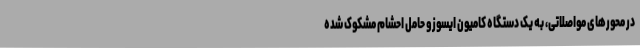
در محورهای مواصلاتی، به یک دستگاه کامیون ایسوزو حامل احشام مشکوک شده